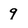
Character: 9